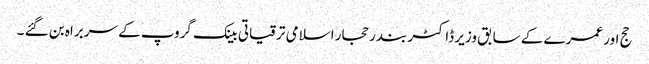
حج اور عمرے کے سابق وزیر ڈاکٹر بندر حجار اسلامی ترقیاتی بینک گروپ کے سربراہ بن گئے ۔